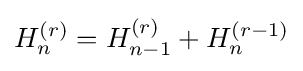
H_{n}^{(r)}=H_{n-1}^{(r)}+H_{n}^{(r-1)}